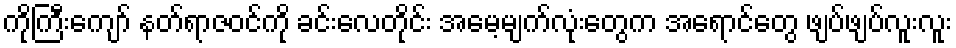
ကိုကြီးကျော် နတ်ရာဇဝင်ကို ခင်းလေတိုင်း အမေ့မျက်လုံးတွေက အရောင်တွေ ဖျပ်ဖျပ်လူးလူး